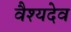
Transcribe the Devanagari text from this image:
वैश्यदेव